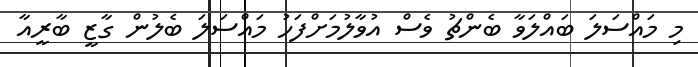
މި މައްސަލަ ބައްލަވާ ބެންޗު ވެސް އުވާލުމަށްފަހު މައްސަލަ ބެލުން ގާޒީ ބާރީއާ